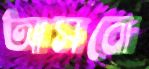
আসবো